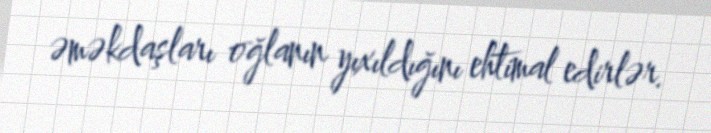
əməkdaşları oğlanın yıxıldığını ehtimal edirlər.